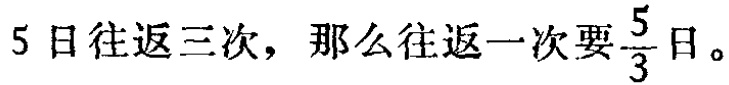
$5$日往返三次，那么往返一次要$\frac{5}{3}$日。